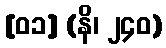
[၀၁] (နိ၊ ၂၄၀)